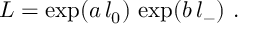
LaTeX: L = \exp ( a \, l _ { 0 } ) \, \exp ( b \, l _ { - } ) ~ .